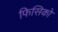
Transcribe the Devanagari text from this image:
फिसिको